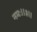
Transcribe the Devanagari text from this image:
नमः॥३॥